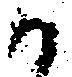
御